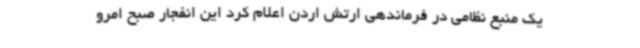
یک منبع نظامی در فرماندهی ارتش اردن اعلام کرد این انفجار صبح امرو